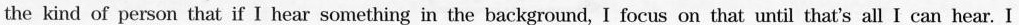
the kind of person that if I hear something in the background, I focus on that until that's all I can hear. I